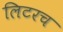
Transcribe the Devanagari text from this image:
लिटरच